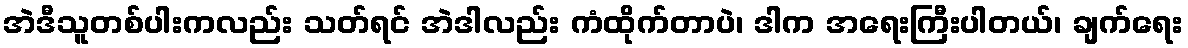
အဲဒီသူတစ်ပါးကလည်း သတ်ရင် အဲဒါလည်း ကံထိုက်တာပဲ၊ ဒါက အရေးကြီးပါတယ်၊ ချက်ရေး